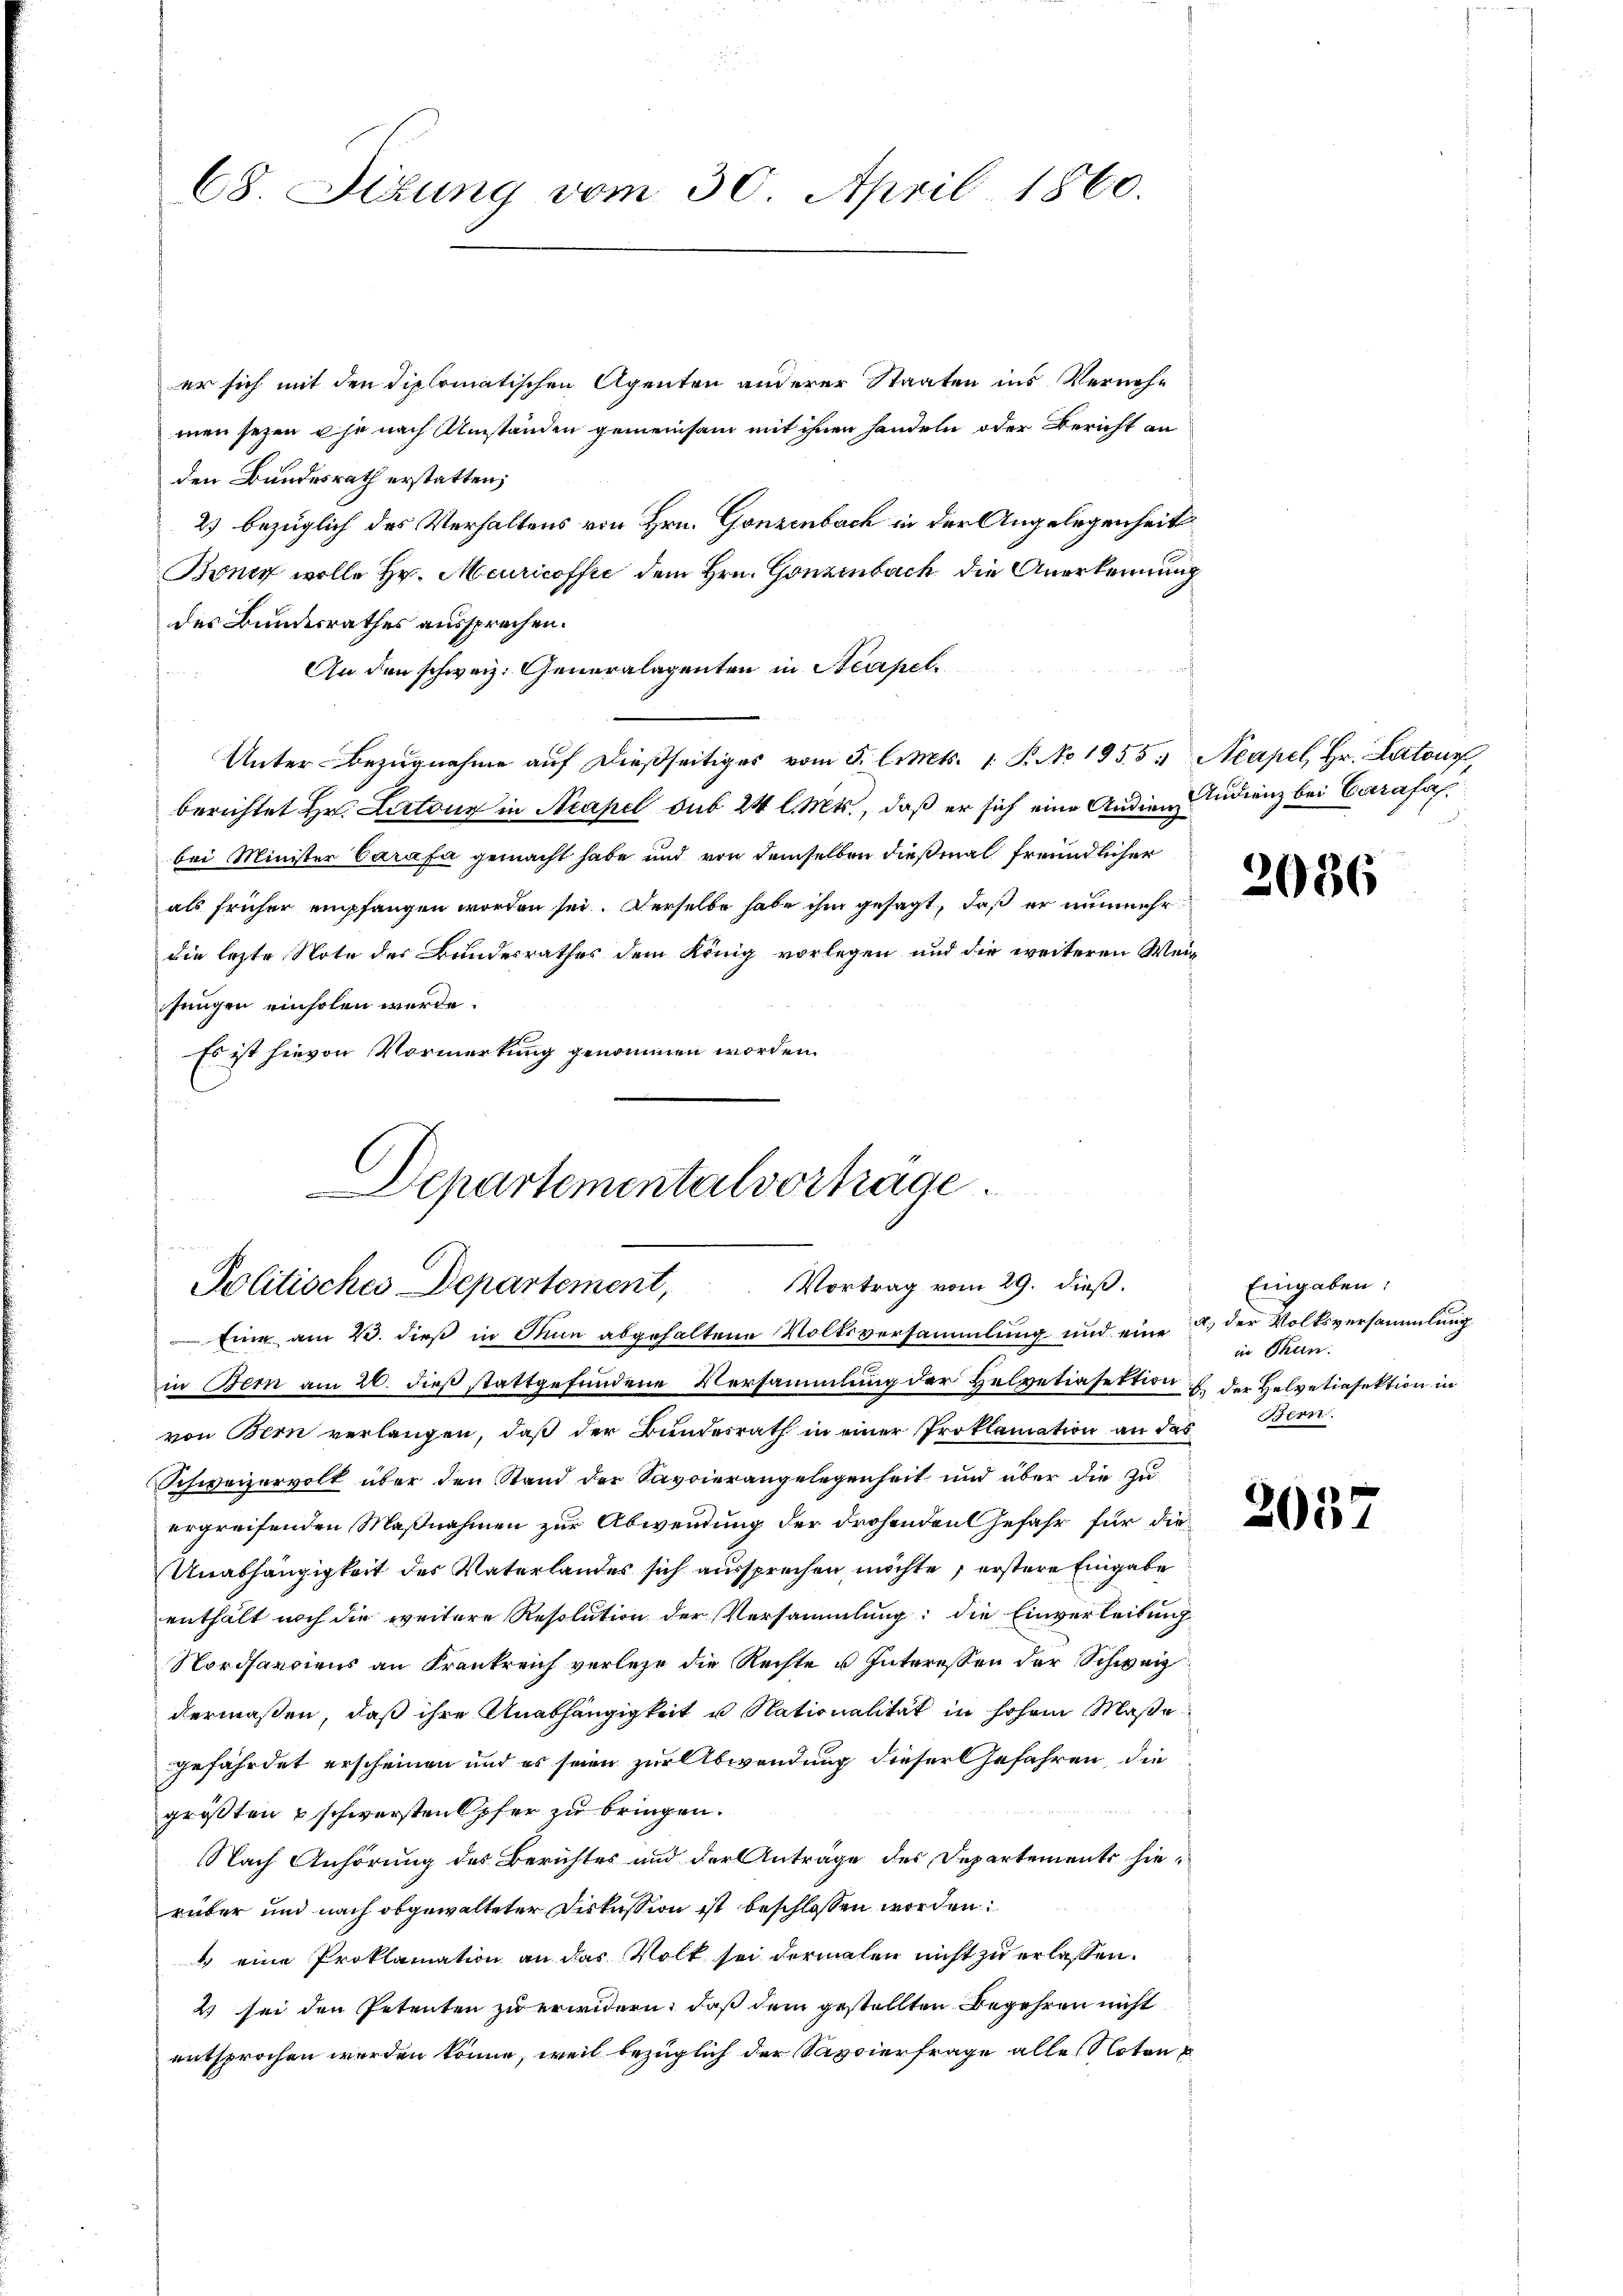
68 Sizung vom 30. April 1860.

er sich mit den diplomatischen Agenten anderer Staaten ins Vernehmen seyen u je nach Umständen gemeinsam mit ihnen handeln oder Bericht an
den Bundesrath erstatten;
2) bezüglich des Verhaltens von Hrn. Gonzenbach in der Angelegenheit
Boner wolle Hr. Meuricoffir dem Hrn. Gonzenbach die Anerkennung
des Bundesrathes aussprachen.
An den schweiz. Generalagenten in Acapel
Unter-Bezugnahme auf dießseitiges vom 5. Cents. 1 S. No 1955. Neapel, Hr. Lutonz,
berichtet Hr. Lartour in Neapel sub 24 l. Mts., daß er sich eine Audienz
bei Minister Carafa gemacht habe und von demselben dießmal freundlicher
als früher empfangen worden sei. Derselbe habe ihm gesagt, daß er nunmehr
die lezte Note des Bundesrathes dem König vorlegen und die weiteren Weifungen einholen werde.
Es ist hievon Vormerkung genommen worden.

Departementalvortrage
Vortrag vom 29. dieß.
Politisches Departement,

Andrenz bei Carafah¬

Eine am 23. dieß in Thun abgehaltene Volksversammlung und eine
in Bern am 26. dieß stattgefundene Versammlung der Helvetiasektion u. der Helvetiasektion in
von Bern verlangen, daß der Bundesrath in einer Proklamation an das Bern.
Schweizervolk über den Stand der Savoierangelegenheit und über die zu
ergreifenden Maßnahmen zur Abwendung der drohenden Gefahr für die
Unabhängigkeit des Vaterlandes sich aussprechen möchte, erstere Eingabe
enthält noch die weitere Resolution der Versammlung: die Einverleitung
Nordhanciens an Frankreich verlege die Rechte u. Interessen der Schweiz
dermaßen, daß ihre Unabhängigkeit u. Nationalität in hohem Maße
gefährdet erscheinen und es seien zur Abwendung dieser Gefahren, die
größten & schwersten Opfer zu bringen.
Nach Anhörung des Berichtes und der Anträge des Departements hierüber und nach obgewalteter Diskussion ist beschlossen worden:
4 eine Proklamation an das Volk sei dermalen nicht zu erlassen.
2) sei den Petenten zu erwidern, daß dem gestellten Begehren nicht
entsprochen werden könne, weil bezüglich der Savoierfrage alle Natone

2086

Eingaben.
a. der Volksversammlung
in Thun.

2052